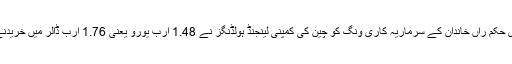
بینک میں قطری حکم راں خاندان کے سرماریہ کاری ونگ کو چین کی کمپنی لینجنڈ ہولڈنگز نے 1.48 ارب یورو یعنی 1.76 ارب ڈالر میں خریدنے کا معاہدہ کیا۔